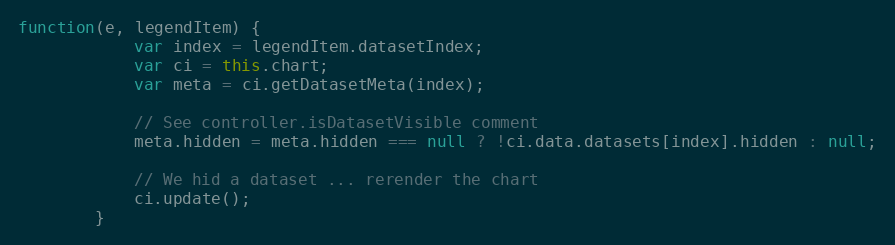
Language: JavaScript
function(e, legendItem) {
			var index = legendItem.datasetIndex;
			var ci = this.chart;
			var meta = ci.getDatasetMeta(index);

			// See controller.isDatasetVisible comment
			meta.hidden = meta.hidden === null ? !ci.data.datasets[index].hidden : null;

			// We hid a dataset ... rerender the chart
			ci.update();
		}